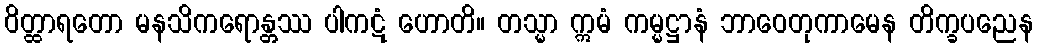
ဝိတ္ထာရတော မနသိကရောန္တဿ ပါကဋံ ဟောတိ။ တသ္မာ ဣမံ ကမ္မဋ္ဌာနံ ဘာဝေတုကာမေန တိက္ခပညေန